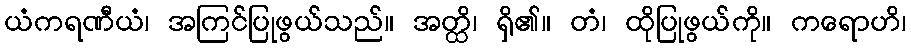
ယံကရဏီယံ၊ အကြင်ပြုဖွယ်သည်။ အတ္ထိ၊ ရှိ၏။ တံ၊ ထိုပြုဖွယ်ကို။ ကရောဟိ၊